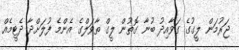
ޖަރުމަން ލީގުގެ ގަވާއިދު ބުނާ ގޮތުން ލީގް ތާވަލްގެ އެންމެ ފުލަށްދާ ދެޓީމެއް